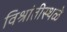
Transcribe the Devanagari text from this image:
विश्रांतीस्थळे